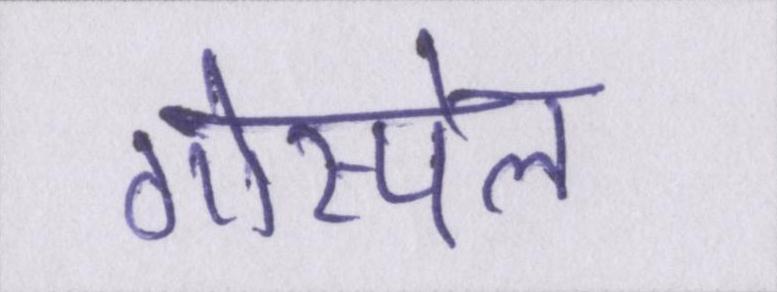
गोस्पेल